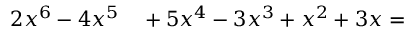
\begin{array} { r l } { 2 x ^ { 6 } - 4 x ^ { 5 } } & { { } + 5 x ^ { 4 } - 3 x ^ { 3 } + x ^ { 2 } + 3 x = } \end{array}